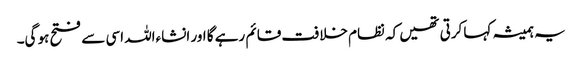
یہ ہمیشہ کہا کرتی تھیں کہ نظام خلافت قائم رہے گا اور انشاءاللہ اسی سے فتح ہو گی۔